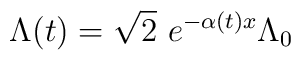
\hspace*{-6cm}\Lambda (t)=\sqrt{2}\ e^{-\alpha (t)x}\Lambda_0